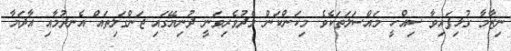
ނިޒާމާ ގުޅިފައިވާ ސިއްހީ މައްސަލަތަކެވެ. މިކަންކަން މެދުވެރިވަނީ ދުނިޔޭގައި ޖަންގަލިތައް އެނދުމާއި އާދަޔާ